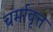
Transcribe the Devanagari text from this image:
चर्मावृत्त